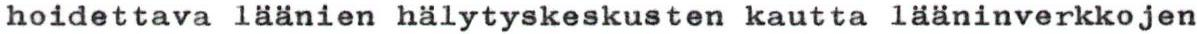
hoidettava läänien hälytyskeskusten kautta lääninverkkojen